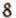
8